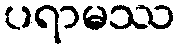
ပရာမဿ